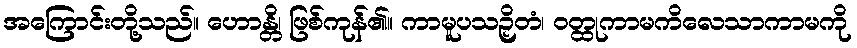
အကြောင်းတို့သည်။ ဟောန္တိ၊ ဖြစ်ကုန်၏။ ကာမူပသဉှိတံ၊ ဝတ္ထုကာမကိလေသာကာမကို